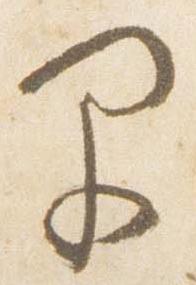
早